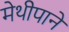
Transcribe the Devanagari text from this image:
मेथीपाने